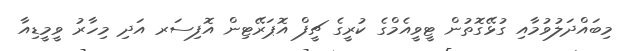
މިބައްދަލުވުމާއި ގުޅޭގޮތުން ޓީވީއެމްގެ ކުރީގެ ޗީފް އޮޕަރޭޓިން އޮފިސަރ އަދި މިހާރު ވީމީޑިއާ